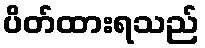
ပိတ်ထားရသည်